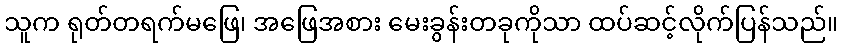
သူက ရုတ်တရက်မဖြေ၊ အဖြေအစား မေးခွန်းတခုကိုသာ ထပ်ဆင့်လိုက်ပြန်သည်။